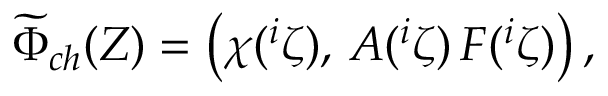
\widetilde { \Phi } _ { c h } ( Z ) = \left( \chi ( { } ^ { i } \zeta ) , \, A ( { } ^ { i } \zeta ) \, F ( { } ^ { i } \zeta ) \right) ,